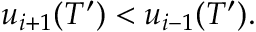
u _ { i + 1 } ( T ^ { \prime } ) < u _ { i - 1 } ( T ^ { \prime } ) .